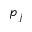
p _ { j }